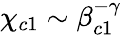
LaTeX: \chi_{c1}\sim\beta_{c1}^{-\gamma}